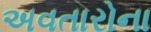
અવતારોના